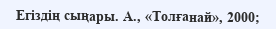
Егіздің сыңары. А., «Толғанай», 2000;